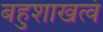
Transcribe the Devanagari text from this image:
बहुशाखत्वं